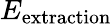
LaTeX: E_{\mathrm{extraction}}